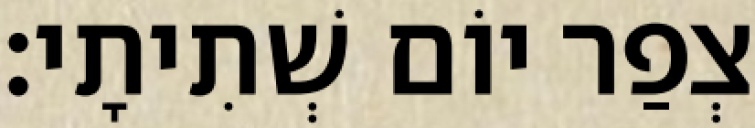
צְפַר יוֹם שְׁתִיתָי׃